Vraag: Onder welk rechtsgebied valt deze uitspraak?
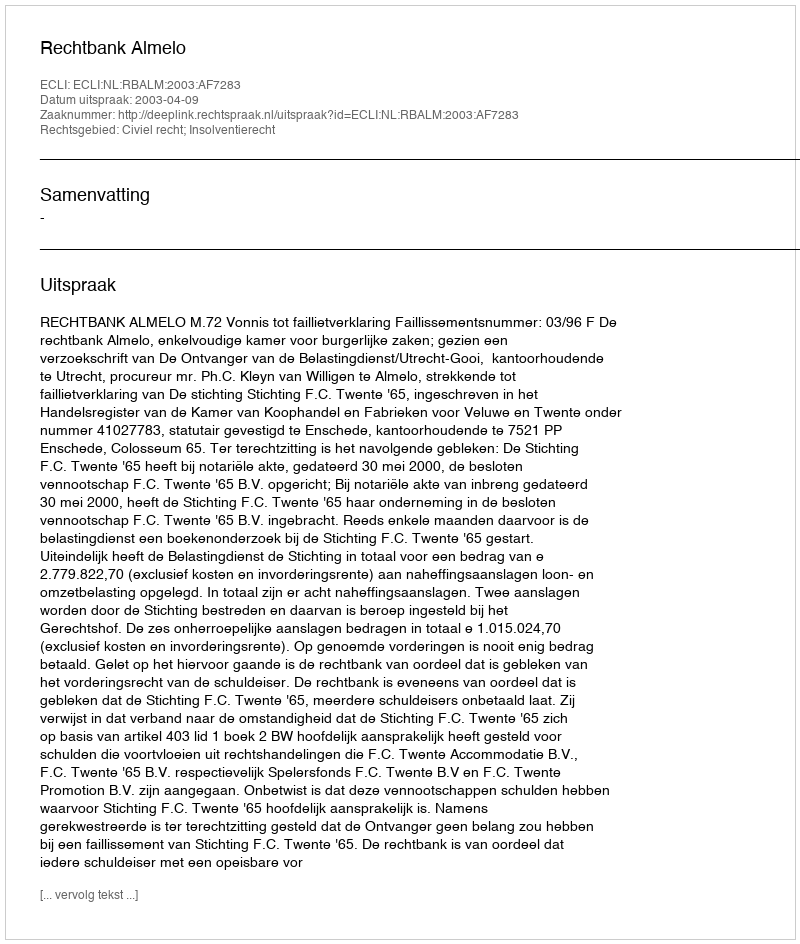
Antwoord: Civiel recht; Insolventierecht